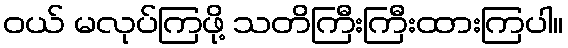
ဝယ် မလုပ်ကြဖို့ သတိကြီးကြီးထားကြပါ။